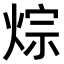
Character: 𤉳